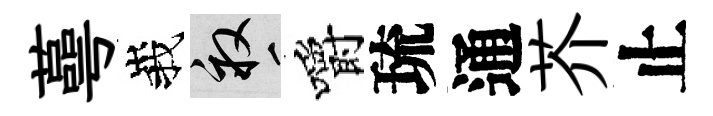
蕚峩畝嚼琉通芥止